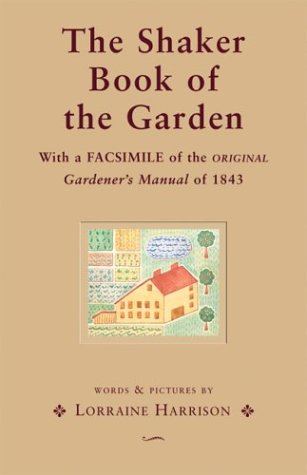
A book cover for The Shaker Book of the Garden; Lorraine Harrison; Christian Books & Bibles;